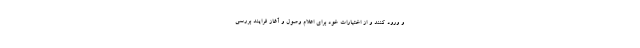
و ورود کنند و از اختیارات خود برای اعلام وصول و آغاز فرایند بررسی